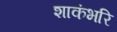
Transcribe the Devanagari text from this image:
शाकंभरि